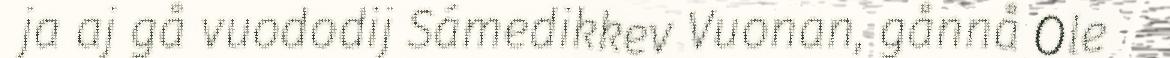
ja aj gå vuododij Sámedikkev Vuonan, gånnå Ole